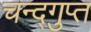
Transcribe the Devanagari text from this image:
चन्द्गुप्त